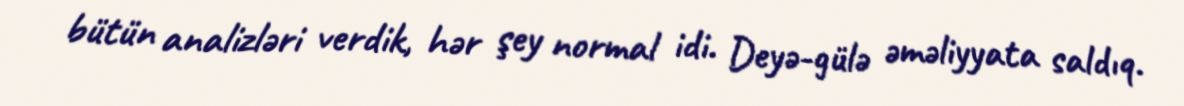
bütün analizləri verdik, hər şey normal idi. Deyə-gülə əməliyyata saldıq.